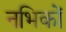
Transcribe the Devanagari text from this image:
नभिकों